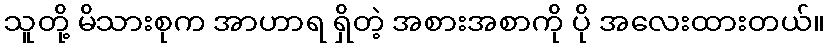
သူတို့ မိသားစုက အာဟာရ ရှိတဲ့ အစားအစာကို ပို အလေးထားတယ်။